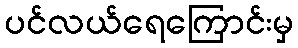
ပင်လယ်ရေကြောင်းမှ